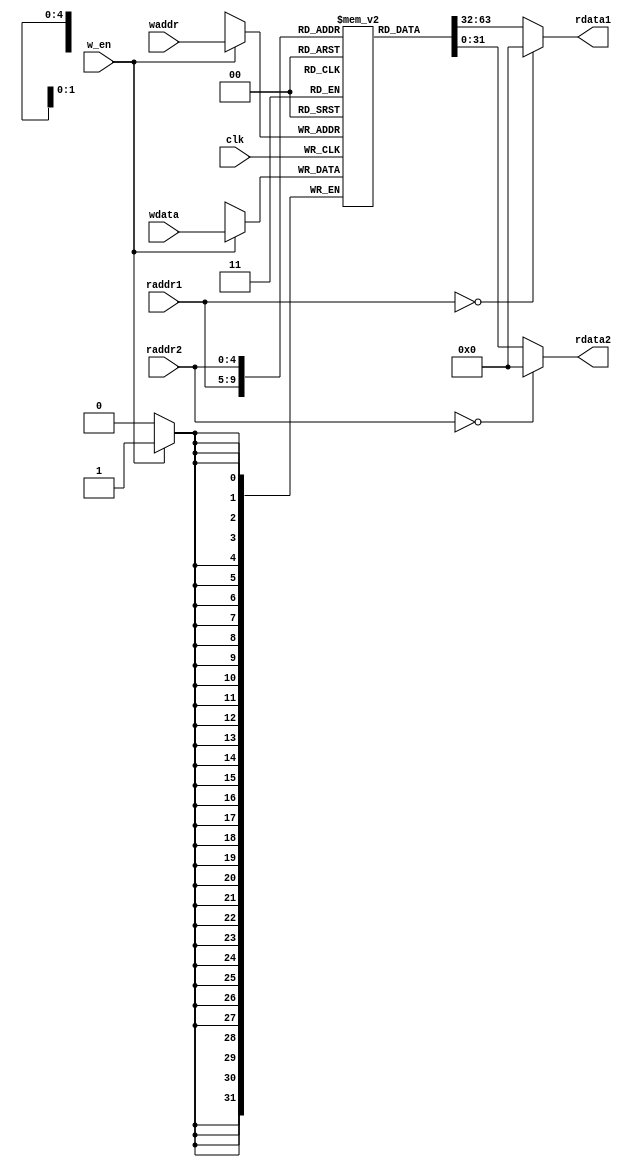
`timescale 1ns / 1ps

module regs (
	input clk, w_en,

	input [4:0] waddr,
	input [4:0] raddr1,
	input [4:0] raddr2,

	input [31:0] wdata,
	output [31:0] rdata1,
	output [31:0] rdata2
);
	reg [31:0] register [0:31];

	assign rdata1 = raddr1 == 0 ? 0 : register[raddr1];
	assign rdata2 = raddr2 == 0 ? 0 : register[raddr2];

	always @(posedge clk) begin
		if (w_en) begin
			register[waddr] <= wdata;
		end
	end
endmodule